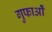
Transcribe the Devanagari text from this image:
गुफाओँ